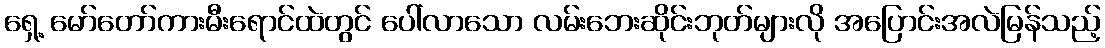
ရှေ့ မော်တော်ကားမီးရောင်ထဲတွင် ပေါ်လာသော လမ်းဘေးဆိုင်းဘုတ်များလို အပြောင်းအလဲမြန်သည့်